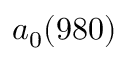
a _ { 0 } ( 9 8 0 )